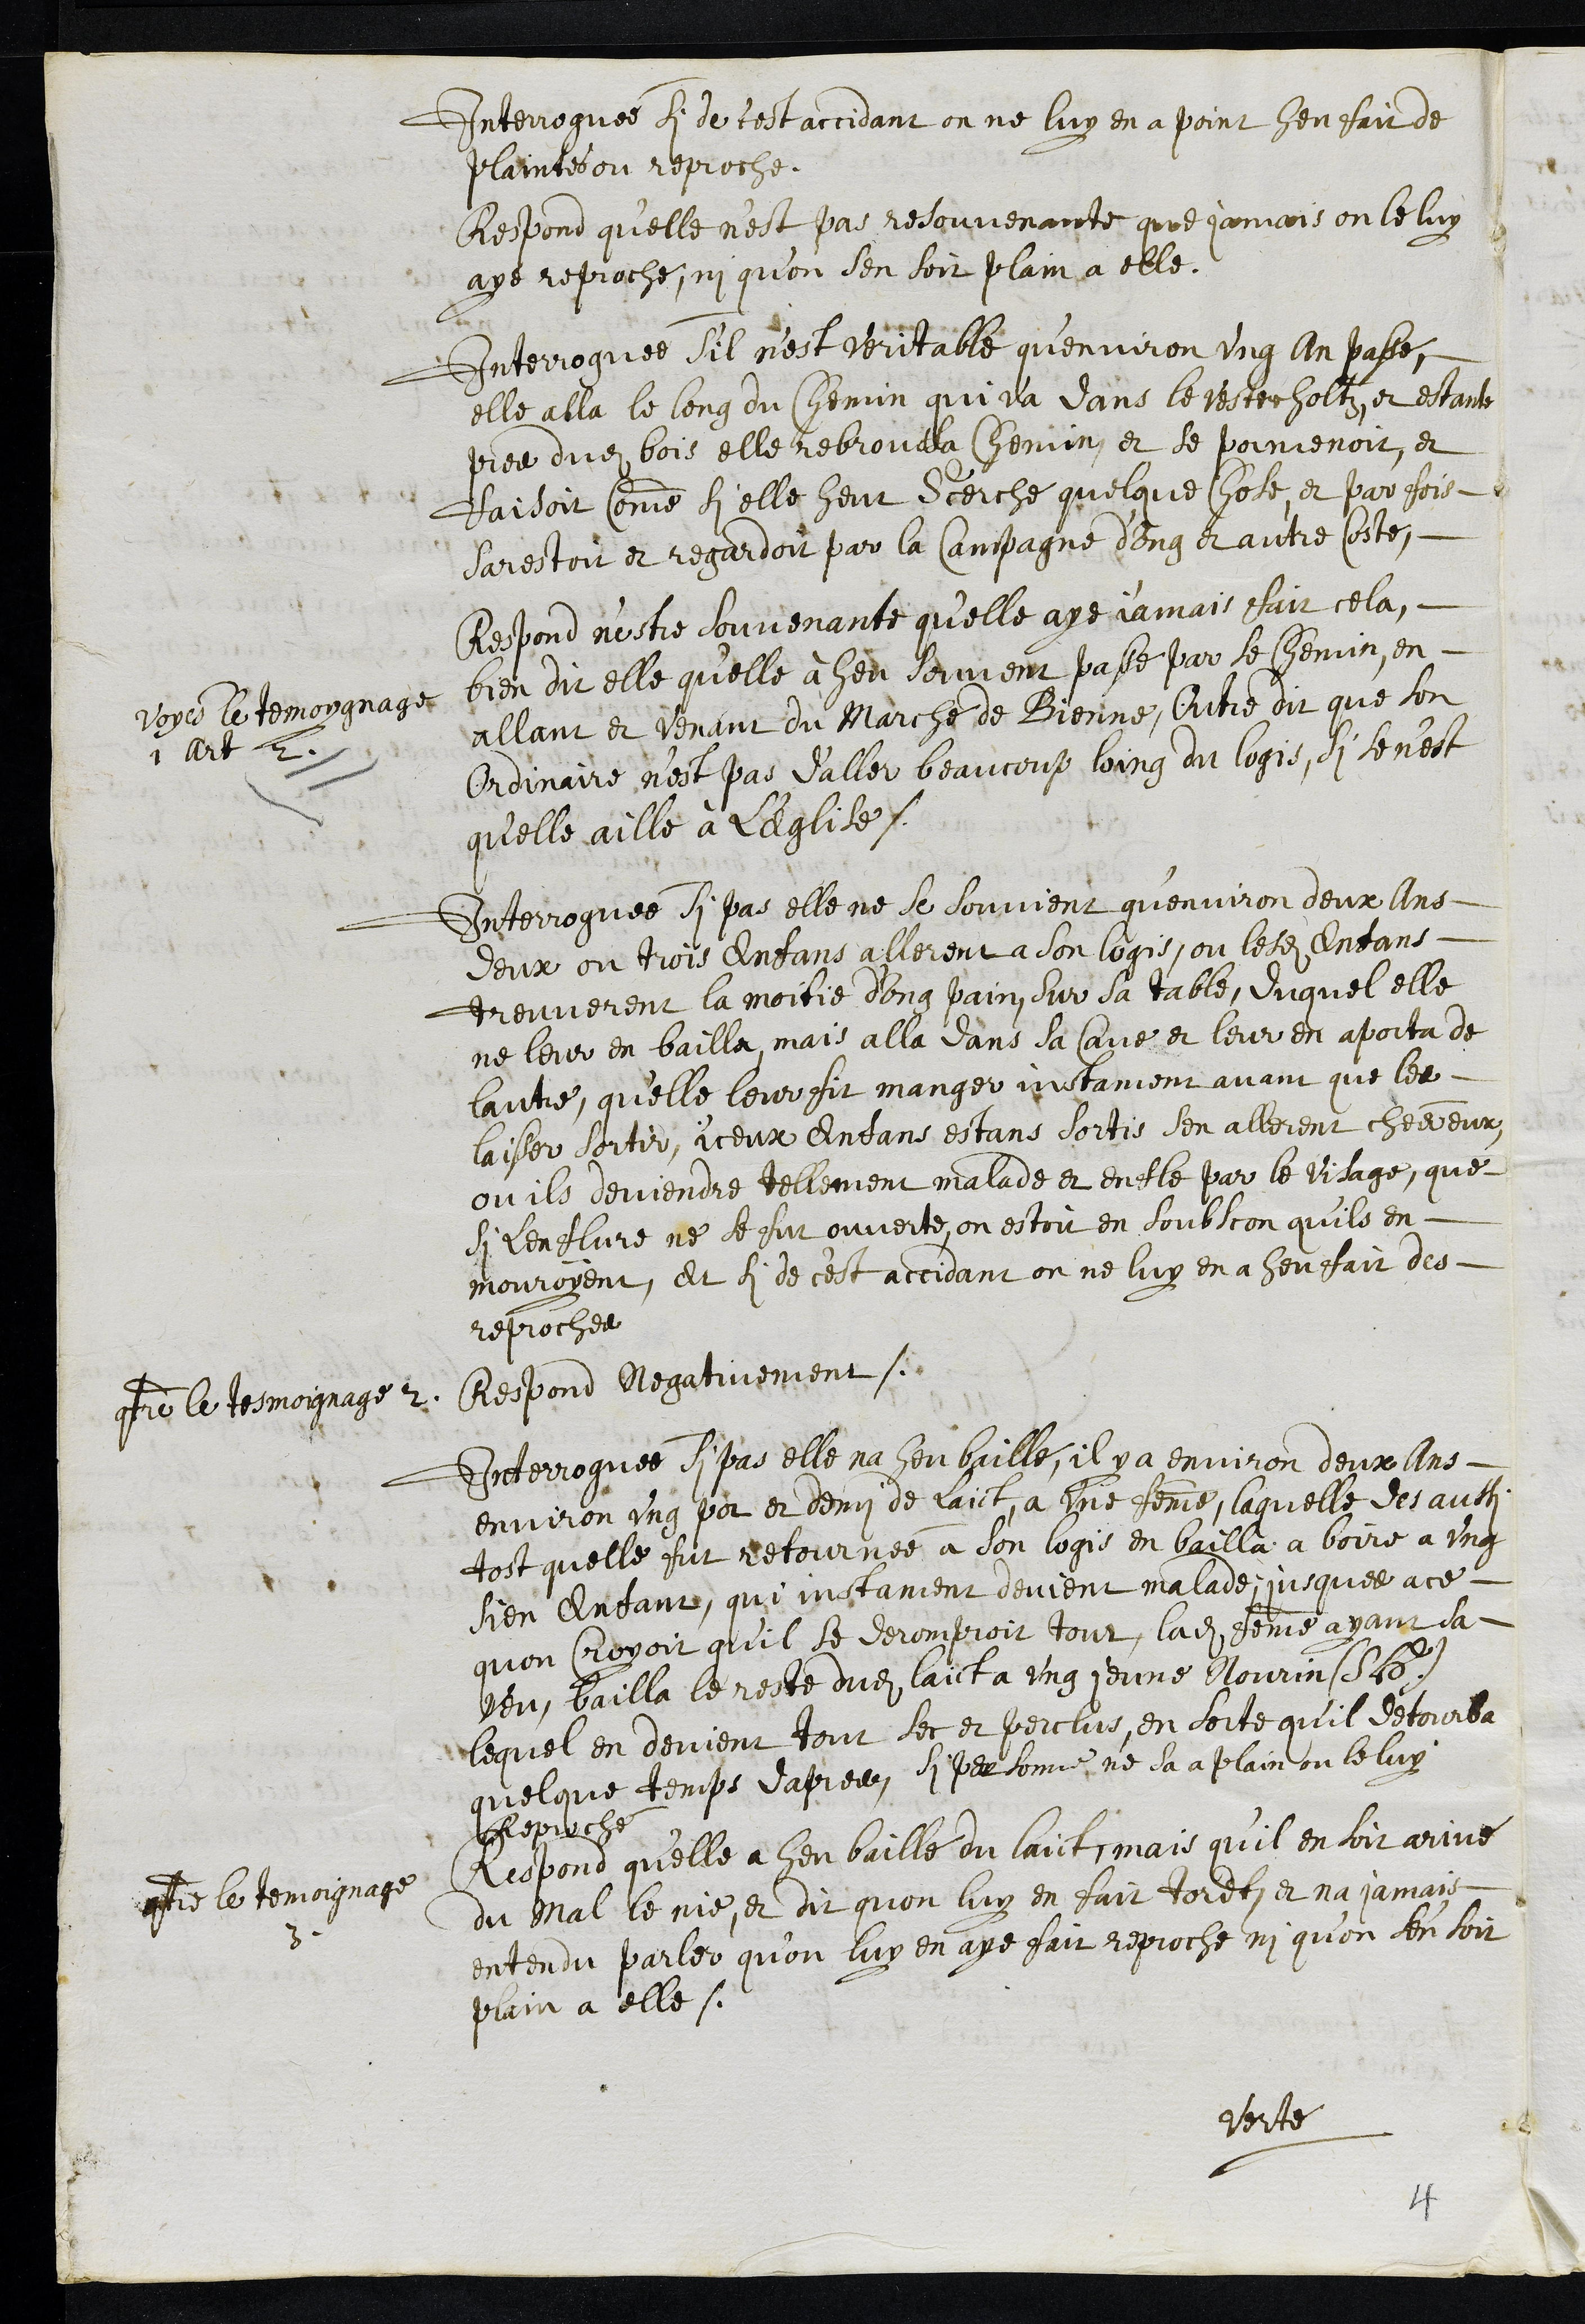
Interroguée si de cest accidant on ne luy en a point heu fait de
plaintes ou reproche.
Respond qu'elle n’est pas resouvenante que jamais on le luy
aye reproché, ni qu’on sen soit plain a elle.
Interroguée s'il n'est veritable qu’environ ung an passé,
elle alla le long du chemin qui va dans le Vesterholtz, et estante
pres dudit bois elle rebroussa Chemin, et se pormenoit, et
faisoit comme si elle heut recerche quelque chose et par fois
sarestoit et regardoit par la Campagne d'ung et autre costé
Voyes le temoygnage
1 art 2.
Respond n'estre souvenante qu’elle aye j'amais fait cela,
bien dit elle qu'elle à heu souvent passé par le chemin, en
allant et venant du Marché de Bienne, Outre dit que son
Ordinaire n’est pas d’aller beaucoup loing du logis, si se n'est
qu'elle aille à l'Eglise.
Interroguée si pas elle ne se souvient qu'environ deux Ans
deux ou trois Enfans allerent a son logis, ou lesdits Enfans
treuverent la moitie d'ung pain, sur la table, duquel elle
ne leur en bailla, mais alla dans sa Cave et leur en aporta de
lautre, qu'elle leur fit manger instament avant que les
laisser sortir, iceux Enfans estans sortis sen allerent chés eux,
ou ils deviendre tellement malade et enfle par le visage, que
si lenflure ne se fut ouverte, on estoit en soubçon qu'ils en
mouroyent, et si de c'est accidant on ne luy en a heu fait des
reproches
contre le tesmoignage 2. Respond Negativement.
Interroguée si pas elle na heu baillé, il y a environ deux Ans
environ ung pot et demi de Laict, a une femme, laquelle des aussi
tost quelle fut retournée a son logis en bailla a boire a ung
sien Enfant, qui instament devient malade, jusques a ce
quon croyoit qu’il se deromproit tout, ladite femme ayant sa
veu, bailla le reste dudit laict a ung jeune Nourin (S. H.)
lequel en devient tout sec et perclus, en sorte qu'il detourba
quelque temps dapres, si personne ne sa a plain ou le luy
Reproché
contre le temoignage
3
Respond qu’elle a heu baillé du laict, mais qu’il en soit arivé
du mal le nie, et dit quon luy en fait tordt, et na jamais
entendu parler qu’on luy en aye fait reproche ni qu'on s'en soit
plain a elle.
Verte
4